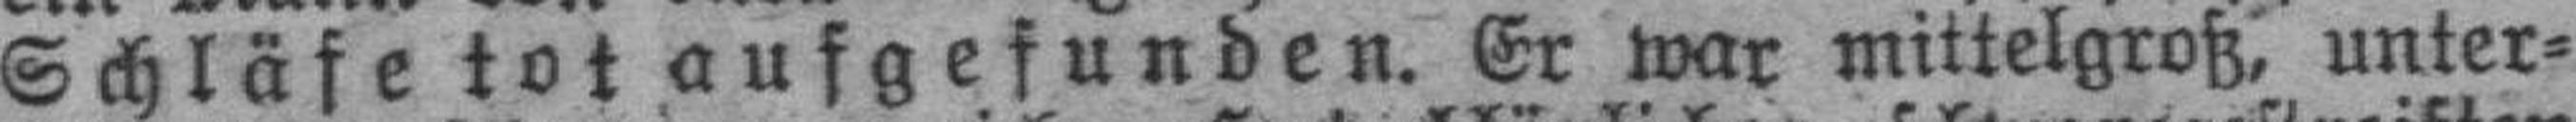
Schläfe tot aufgefunden. Er war mittelgroß, unter